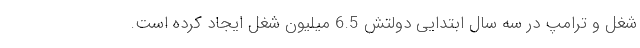
شغل و ترامپ در سه سال ابتدایی دولتش 6.5 میلیون شغل ایجاد کرده است.